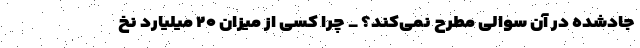
جادشده در آن سوالی مطرح نمی‌کند؟ _ چرا کسی از میزان ۲۰ میلیارد نخ